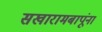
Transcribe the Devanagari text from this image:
सखारामबापूंना